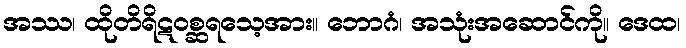
အဿ၊ ထိုတိရိဋဝစ္ဆရသေ့အား။ ဘောဂံ၊ အသုံးအဆောင်ကို။ ဒေထ၊